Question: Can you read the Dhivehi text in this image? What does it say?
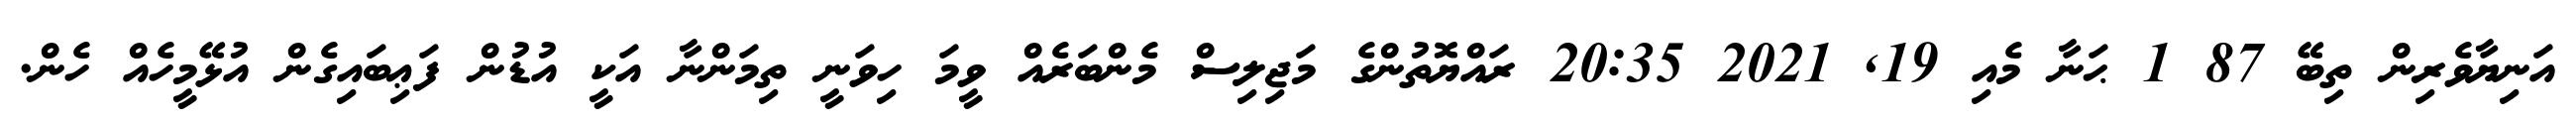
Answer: އަނިޔާވެރިން ތިބޭ 87 1 ޙަނާ މެއި 19, 2021 20:35 ރައްޔޮތުންގެ މަޖިލިސް މެންބަރެއް ވީމަ ހިވަނީ ތިމަންނާ އަކީ އުޑުން ފަޢިބައިގެން އުޅޭމީހެއް ހެން.